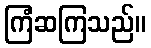
ကြံဆကြသည်။